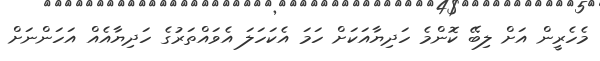
މެހެރީން އަށް ލިބޭ ކޮންމެ ހަދިޔާއަކަށް ހަމަ އެކަހަލަ އެވައްތަރުގެ ހަދިޔާއެއް އަހަންނަށް